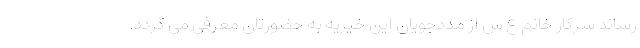
رساند سرکار خانم ع س از مددجویان این خیریه به حضورتان معرفی می گردد.